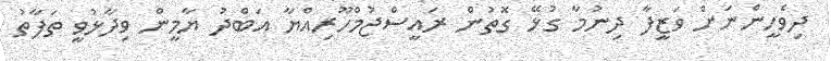
ދިވެހީންނަށް ވަޒީފާ ދިނުމާ ގުޅޭ ގޮތުން ރައީސްޖުމްހޫރިއްޔާ އަބްދު ޔާމީން ވިދާޅުވީ ތަފާތު